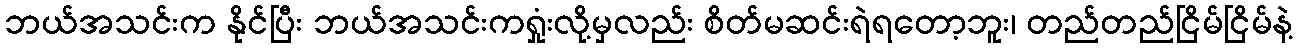
ဘယ်အသင်းက နိုင်ပြီး ဘယ်အသင်းကရှုံးလို့မှလည်း စိတ်မဆင်းရဲရတော့ဘူး၊ တည်တည်ငြိမ်ငြိမ်နဲ့